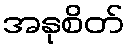
အနုစိတ်